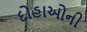
દોહાઓની